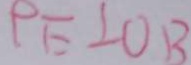
P E \bot O B